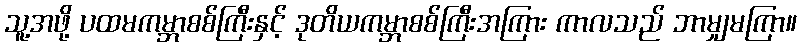
သူ့အဖို့ ပထမကမ္ဘာစစ်ကြီးနှင့် ဒုတိယကမ္ဘာစစ်ကြီးအကြား ကာလသည် ဘာမျှမကြာ။